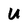
Character: U